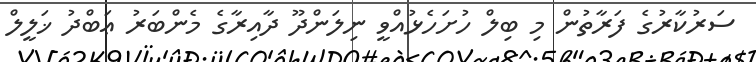
ސަރުކާރުގެ ފަރާތުން މި ބިލް ހުށަހެޅުއްވީ ނިލަންދޫ ދާއިރާގެ މެންބަރު ޢަބްދު ޚަލީލް